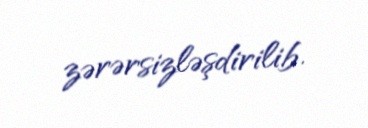
zərərsizləşdirilib.